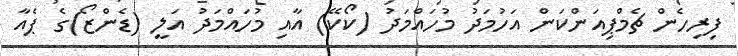
ފިރިހެން ޗެމްޕިއަންކަން އަހުމަދު މުހައްމަދު (ކޯކޭ) އާއި މުހައްމަދު އަލީ (ޑެންޒޯ)ގެ ޕެއާ